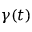
\gamma ( t )